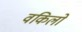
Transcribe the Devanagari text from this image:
वकिलों